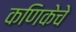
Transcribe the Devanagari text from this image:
कणिकेचे